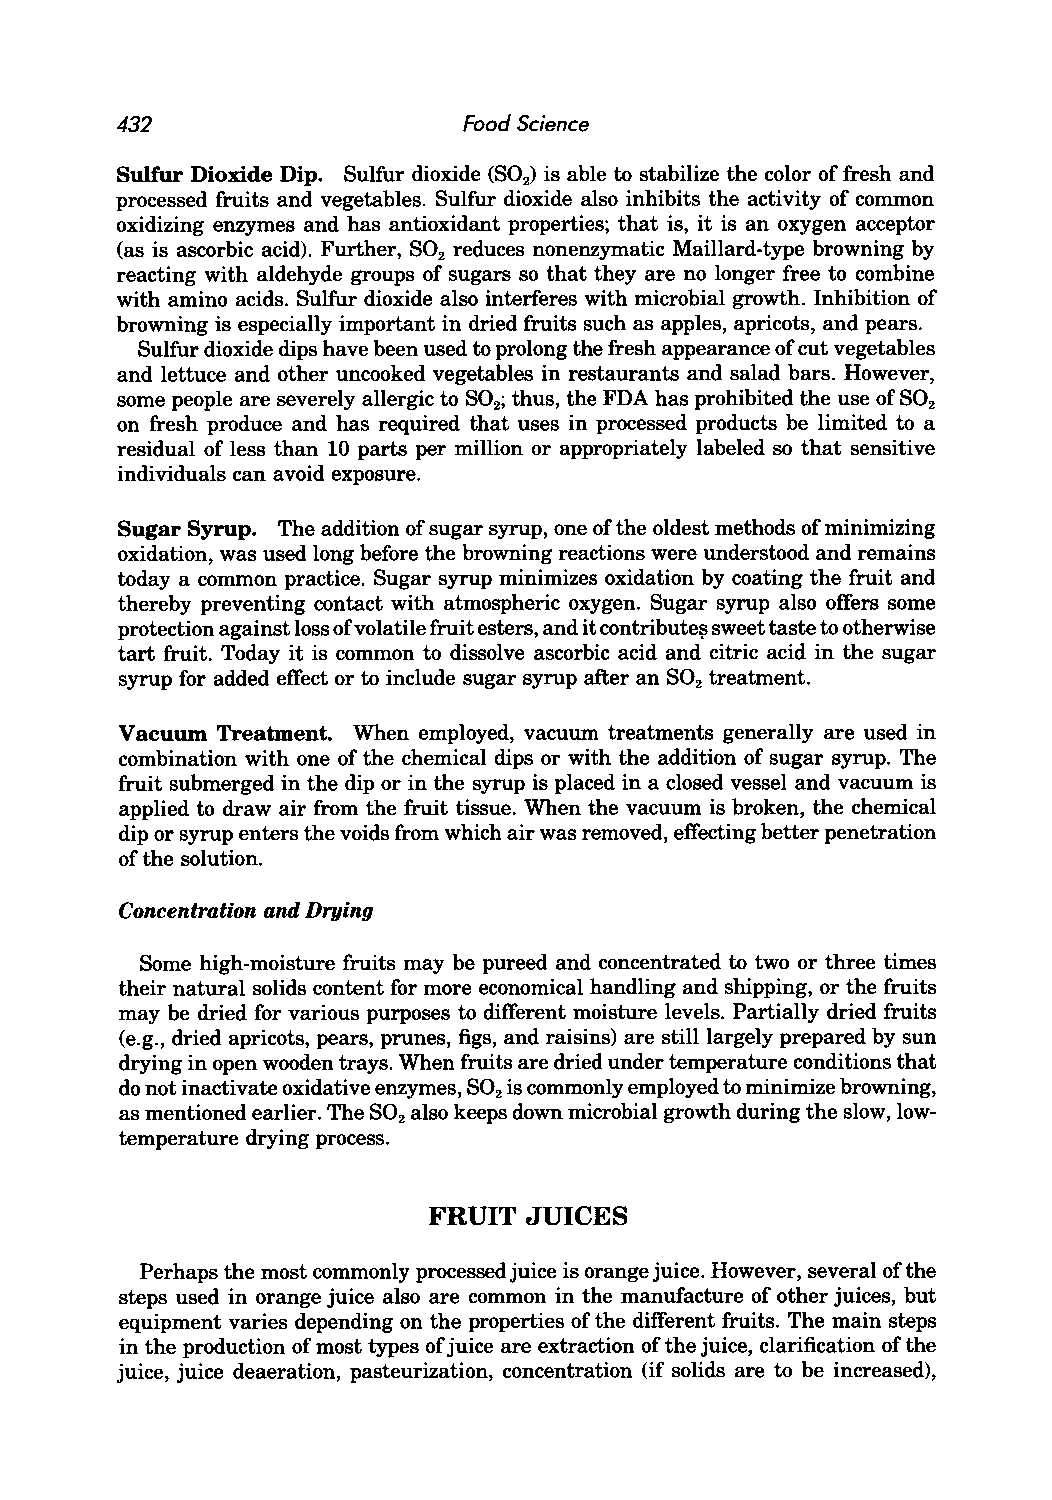
432                    Food Science
 Sulfur Dioxide Dip. Sulfur dioxide (S02) is able to stabilize the color of fresh and
 processed fruits and vegetables. Sulfur dioxide also inhibits the activity of common
 oxidizing enzymes and has antioxidant properties; that is, it is an oxygen acceptor
 (as is ascorbic acid). Further, S02 reduces nonenzymatic Maillard-type browning by
 reacting with aldehyde groups of sugars so that they are no longer free to combine
 with amino acids. Sulfur dioxide also interferes with microbial growth. Inhibition of
 browning is especially important in dried fruits such as apples, apricots, and pears.
 Sulfur dioxide dips have been used to prolong the fresh appearance of cut vegetables
 and lettuce and other uncooked vegetables in restaurants and salad bars. However,
 some people are severely allergic to S02; thus, the FDA has prohibited the use of S02
 on fresh produce and has required that uses in processed products be limited to a
 residual of less than 10 parts per million or appropriately labeled so that sensitive
 individuals can avoid exposure.
 Sugar Syrup. The addition of sugar syrup, one of the oldest methods of minimizing
 oxidation, was used long before the browning reactions were understood and remains
 today a common practice. Sugar syrup minimizes oxidation by coating the fruit and
 thereby preventing contact with atmospheric oxygen. Sugar syrup also offers some
 protection against loss of volatile fruit esters, and it contribute~ sweet taste to otherwise
 tart fruit. Today it is common to dissolve ascorbic acid and citric acid in the sugar
 syrup for added effect or to include sugar syrup after an S02 treatment.
 Vacuum Treatment. When employed, vacuum treatments generally are used in
 combination with one of the chemical dips or with the addition of sugar syrup. The
 fruit submerged in the dip or in the syrup is placed in a closed vessel and vacuum is
 applied to draw air from the fruit tissue. When the vacuum is broken, the chemical
 dip or syrup enters the voids from which air was removed, effecting better penetration
 of the solution.
 Concentration and Drying
 Some high-moisture fruits may be pureed and concentrated to two or three times
 their natural solids content for more economical handling and shipping, or the fruits
 may be dried for various purposes to different moisture levels. Partially dried fruits
 (e.g., dried apricots, pears, prunes, figs, and raisins) are still largely prepared by sun
 drying in open wooden trays. When fruits are dried under temperature conditions that
 do not inactivate oxidative enzymes, S02 is commonly employed to minimize browning,
 as mentioned earlier. The S02 also keeps down microbial growth during the slow, low
 temperature drying process.
 FRUIT  JUICES
 Perhaps the most commonly processed juice is orange juice. However, several of the
 steps used in orange juice also are common in the manufacture of other juices, but
 equipment varies depending on the properties of the different fruits. The main steps
 in the production of most types of juice are extraction of the juice, clarification of the
 juice, juice deaeration, pasteurization, concentration (if solids are to be increased),